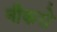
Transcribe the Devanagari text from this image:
नौकरो